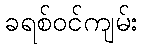
ခရစ်ဝင်ကျမ်း